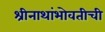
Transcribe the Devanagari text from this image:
श्रीनाथांभोवतीची